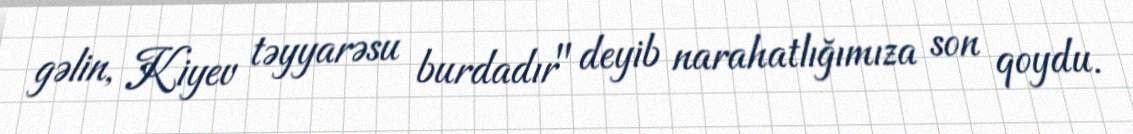
gəlin, Kiyev təyyarəsu burdadır" deyib narahatlığımıza son qoydu.